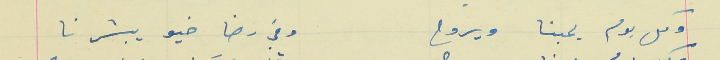
وكل يوم يحبنا ويروح                                                     وفي رضا خيو يبشرنا